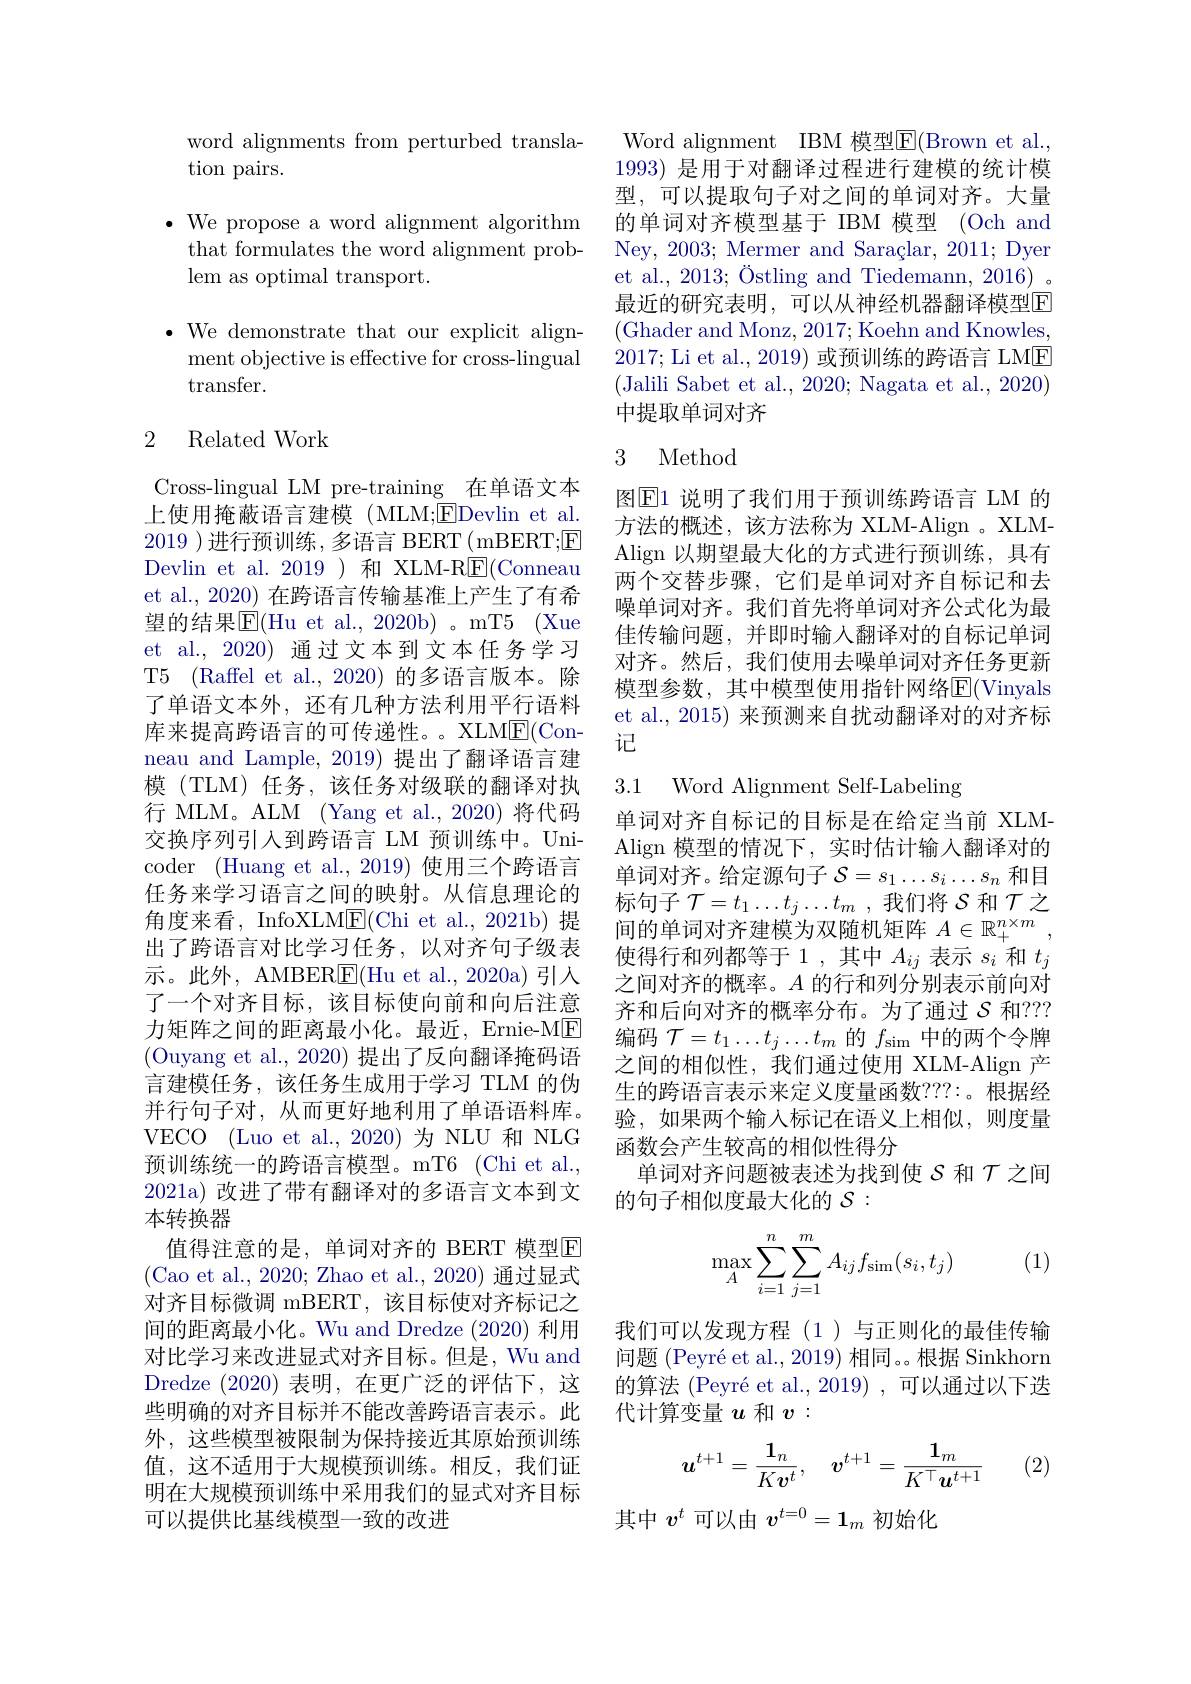
word alignments from perturbed transla-
tion pairs.

$\bullet$ We propose a word alignment algorithm
that formulates the word alignment prob-
lem as optimal transport.

$\bullet$ We demonstrate that our explicit align-
ment objective is effective for cross-lingual
transfer.

## 2 Related Work

Cross-lingual LM pre-training 在单语文本上使用掩蔽语言建模(MLM;$\boxed{\mathrm{EDevlin~et~al.}}$ 2019 )进行预训练 ,多语言 BERT(mBERT;$\boxed{\mathrm{E}}$ Devlin et al. 2019)和 XLM-R$\underline{\mathrm{E}}($Conneau et al., 2020) 在跨语言传输基准上产生了有希望的结果$\overline{\mathbb{E}}($Hu et al., 2020b) 。mT5 (Xue et al.,2020) 通过文本到文本任务学习T5 (Raffel et al., 2020) 的多语言版本。除了单语文本外，还有几种方法利用平行语料库来提高跨语言的可传递性。。XLM$\underline{\mathrm{F}}($Conneau and Lample, 2019) 提出了翻译语言建模(TLM) 任务，该任务对级联的翻译对执行 MLM。ALM (Yang et al.,2020)将代码交换序列引入到跨语言 LM 预训练中。Unicoder (Huang et al., 2019) 使用三个跨语言任务来学习语言之间的映射。从信息理论的角度来看，InfoXLM$\underline{\mathrm{E}}($Chi et al., 2021b)提出了跨语言对比学习任务，以对齐句子级表示。此外，AMBER$\underline{\mathrm{E}}($Hu et al., 2020a)引人了一个对齐目标，该目标使向前和向后注意力矩阵之间的距离最小化。最近，Ernie-M[E] (Ouyang et al., 2020) 提出了反向翻译掩码语言建模任务，该任务生成用于学习 TLM 的伪并行句子对，从而更好地利用了单语语料库。VECO (Luo et al., 2020)为 NLU 和 NLG 预训练统一的跨语言模型。mT6 (Chi et al., 2021a)改进了带有翻译对的多语言文本到文本转换器
值得注意的是，单词对齐的 BERT 模型$\mathbb{E}$ (Cao et al., 2020; Zhao et al., 2020) 通过显式对齐目标微调 mBERT,该目标使对齐标记之间的距离最小化。Wu and Dredze (2020) 利用对比学习来改进显式对齐目标。但是，Wu and Dredze (2020)表明，在更广泛的评估下，这些明确的对齐目标并不能改善跨语言表示。此外，这些模型被限制为保持接近其原始预训练值，这不适用于大规模预训练。相反，我们证明在大规模预训练中采用我们的显式对齐目标可以提供比基线模型一致的改进

Word alignment IBM 模型$\overline{\mathrm{E}}($Brown et al. 1993) 是用于对翻译过程进行建模的统计模型，可以提取句子对之间的单词对齐。大量的单词对齐模型基于 IBM 模型 (Och and Ney, 2003; Mermer and Saraçlar, 2011; Dyer et al., 2013; Östling and Tiedemann, 2016) 。最近的研究表明，可以从神经机器翻译模型$\overline{\mathrm{E}}$ (Ghader and Monz, 2017; Koehn and Knowles, 2017; Li et al., 2019) 或预训练的跨语言 LM$\boxed{\mathrm{E}}$ (Jalili Sabet et al., 2020; Nagata et al., 2020) 中提取单词对齐

## 3 Method

图$\overline{\mathrm{E}}$1 说明了我们用于预训练跨语言 LM 的方法的概述，该方法称为 XLM-Align 。XLMAlign 以期望最大化的方式进行预训练，具有两个交替步骤，它们是单词对齐自标记和去噪单词对齐。我们首先将单词对齐公式化为最佳传输问题，并即时输人翻译对的自标记单词对齐。然后，我们使用去噪单词对齐任务更新模型参数，其中模型使用指针网络E(Vinyals et al., 2015) 来预测来自扰动翻译对的对齐标记

3.1 Word Alignment Self-Labeling

单词对齐自标记的目标是在给定当前 XLMAlign 模型的情况下，实时估计输入翻译对的单词对齐。给定源句子$\mathcal{S}=s_1\ldots s_i\ldots s_n$和目标句子$\mathcal{T}=t_1\ldots t_j\ldots t_m$ ,我们将$\mathcal{S}$和$\mathcal{T}$之间的单词对齐建模为双随机矩阵$A\in\mathbb{R}_+^{n\times m}$, 使得行和列都等于 1 ,其中$A_ij$表示$s_i$和$t_j$ 之间对齐的概率。$A$的行和列分别表示前向对齐和后向对齐的概率分布。为了通过$\mathcal{S}$和？?? 编码$\mathcal{T}=t_1\ldots t_j\ldots t_m$的$f_\mathrm{sim}$中的两个令牌之间的相似性，我们通过使用 XLM-Align 产生的跨语言表示来定义度量函数？??:。根据经验，如果两个输入标记在语义上相似，则度量函数会产生较高的相似性得分
单词对齐问题被表述为找到使$\mathcal{S}$和$\mathcal{T}$之间
的句子相似度最大化的$\mathcal{S}:$

(1)
$$\max\limits_{A}\sum\limits_{i=1}^{n}\sum\limits_{j=1}^{m}A_{ij}f_{\sin}(s_{i},t_{j})$$
我们可以发现方程(1)与正则化的最佳传输问题 (Peyré et al., 2019) 相同。。根据 Sinkhorn 的算法 (Peyré et al., 2019) , 可以通过以下迭代计算变量$u$和$v:$
$$u^{t+1}=\frac{1_n}{K\boldsymbol{v}^t},\quad v^{t+1}=\frac{\mathbf{1}_m}{K^\top\boldsymbol{u}^{t+1}}$$
(2)

其中$v^t$可以由$v^t=0=1_m$初始化